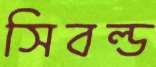
সিবল্ড